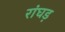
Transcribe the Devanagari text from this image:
रांघड़